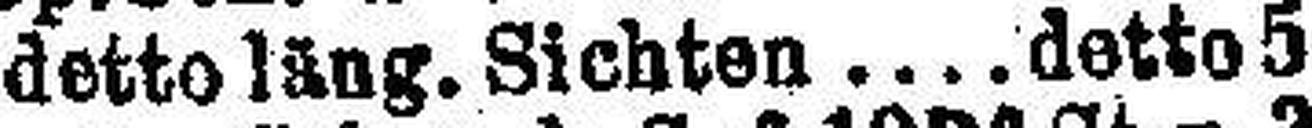
detto läng. Sichten  detto 5